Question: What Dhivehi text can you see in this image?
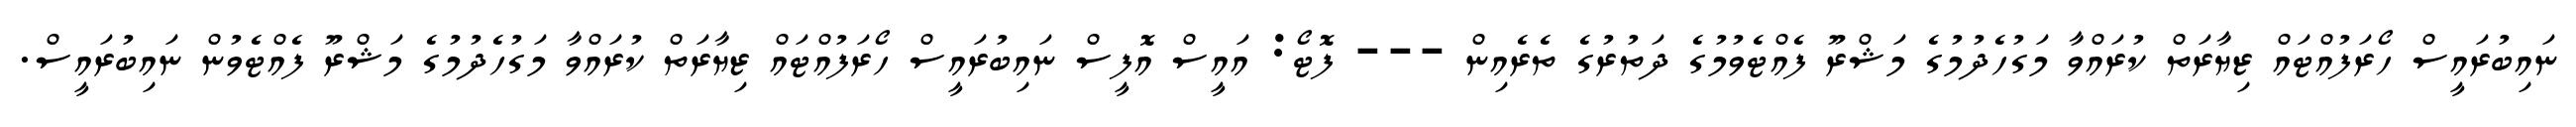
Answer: ނައިބުރައީސް ހޯރަފުއްޓައް ޒިޔާރަތް ކުރައްވާ މަގުހެދުމުގެ މަޝްރޫ ފެއްޓެވުމުގެ ދަތުރުގެ ތެރެއިން --- ފޮޓޯ: އައީސް އޮފީސް ނައިބުރައީސް ހޯރަފުއްޓައް ޒިޔާރަތް ކުރައްވާ މަގުހެދުމުގެ މަޝްރޫ ފެއްޓެވުން ނައިބުރައީސް.